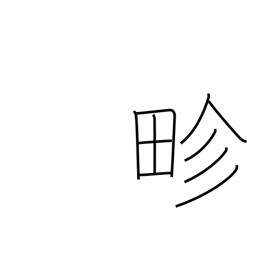
Meaning: boundary between paddies